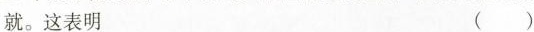
就。这表明 (